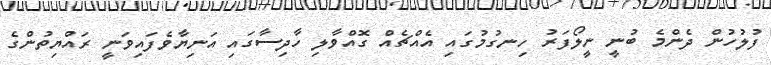
ފުލުހުން ދެންމެ ބުނީ ނީލޯފަރު ހިނގުމުގައި އެއްޗެއް ގޮއްވާލި ހާދިސާގައި އަނިޔާވެފައިވަނީ ރައްޔިތުންގެ